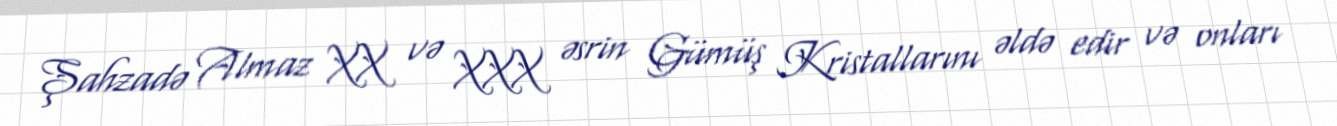
Şahzadə Almaz XX və XXX əsrin Gümüş Kristallarını əldə edir və onları